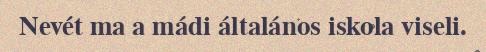
Nevét ma a mádi általános iskola viseli.